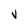
Character: v